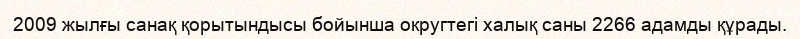
2009 жылғы санақ қорытындысы бойынша округтегі халық саны 2266 адамды құрады.